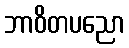
ဘာဝိတပညော